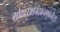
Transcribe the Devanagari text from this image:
मोठा।आनंदवनभुवनी।।